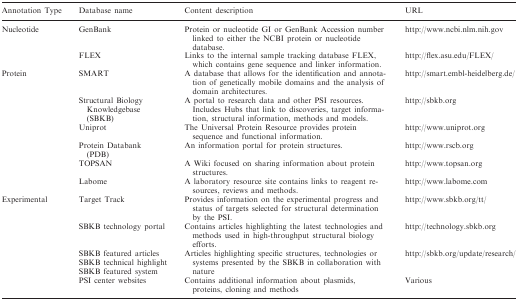
<table><thead><tr><td><b>Annotation Type</b></td><td><b>Database name</b></td><td><b>Content description</b></td><td><b>URL</b></td></tr></thead><tbody><tr><td rowspan="2">Nucleotide</td><td>GenBank</td><td>Protein or nucleotide GI or GenBank Accession number linked to either the NCBI protein or nucleotide database.</td><td>http://www.ncbi.nlm.nih.gov</td></tr><tr><td>FLEX</td><td>Links to the internal sample tracking database FLEX, which contains gene sequence and linker information.</td><td>http://flex.asu.edu/FLEX/</td></tr><tr><td rowspan="6">Protein</td><td>SMART</td><td>A database that allows for the identification and annotation of genetically mobile domains and the analysis of domain architectures.</td><td>http://smart.embl-heidelberg.de/</td></tr><tr><td>Structural Biology Knowledgebase (SBKB)</td><td>A portal to research data and other PSI resources. Includes Hubs that link to discoveries, target information, structural information, methods and models.</td><td>http://sbkb.org</td></tr><tr><td>Uniprot</td><td>The Universal Protein Resource provides protein sequence and functional information.</td><td>http://www.uniprot.org</td></tr><tr><td>Protein Databank (PDB)</td><td>An information portal for protein structures.</td><td>http://www.rscb.org</td></tr><tr><td>TOPSAN</td><td>A Wiki focused on sharing information about protein structures.</td><td>http://www.topsan.org</td></tr><tr><td>Labome</td><td>A laboratory resource site contains links to reagent resources, reviews and methods.</td><td>http://www.labome.com</td></tr><tr><td rowspan="6">Experimental</td><td>Target Track</td><td>Provides information on the experimental progress and status of targets selected for structural determination by the PSI.</td><td>http://www.sbkb.org/tt/</td></tr><tr><td>SBKB technology portal</td><td>Contains articles highlighting the latest technologies and methods used in high-throughput structural biology efforts.</td><td>http://technology.sbkb.org</td></tr><tr><td>SBKB featured articles</td><td rowspan="3">Articles highlighting specific structures, technologies or systems presented by the SBKB in collaboration with nature</td><td rowspan="3">http://sbkb.org/update/research/</td></tr><tr><td>SBKB technical highlight</td></tr><tr><td>SBKB featured system</td></tr><tr><td>PSI center websites</td><td>Contains additional information about plasmids, proteins, cloning and methods</td><td>Various</td></tr></tbody></table>